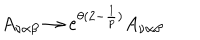
A _ { \nu \alpha \beta } \rightarrow e ^ { \theta ( 2 - \frac { 1 } { p } ) } A _ { \nu \alpha \beta }